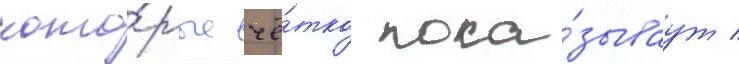
кото́рые чё́тко пока́зываут /